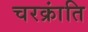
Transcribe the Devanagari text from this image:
चरक्रांति